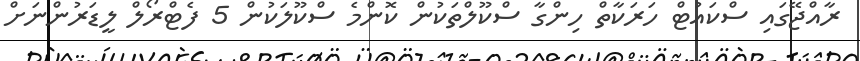
ރާއްޖޭގައި ސްކައުޓް ހަރަކާތް ހިންގާ ސްކޫލްތަކުން ކޮންމެ ސްކޫލަކުން 5 ފެޓްރޯލް ލީޑަރުންނަށް